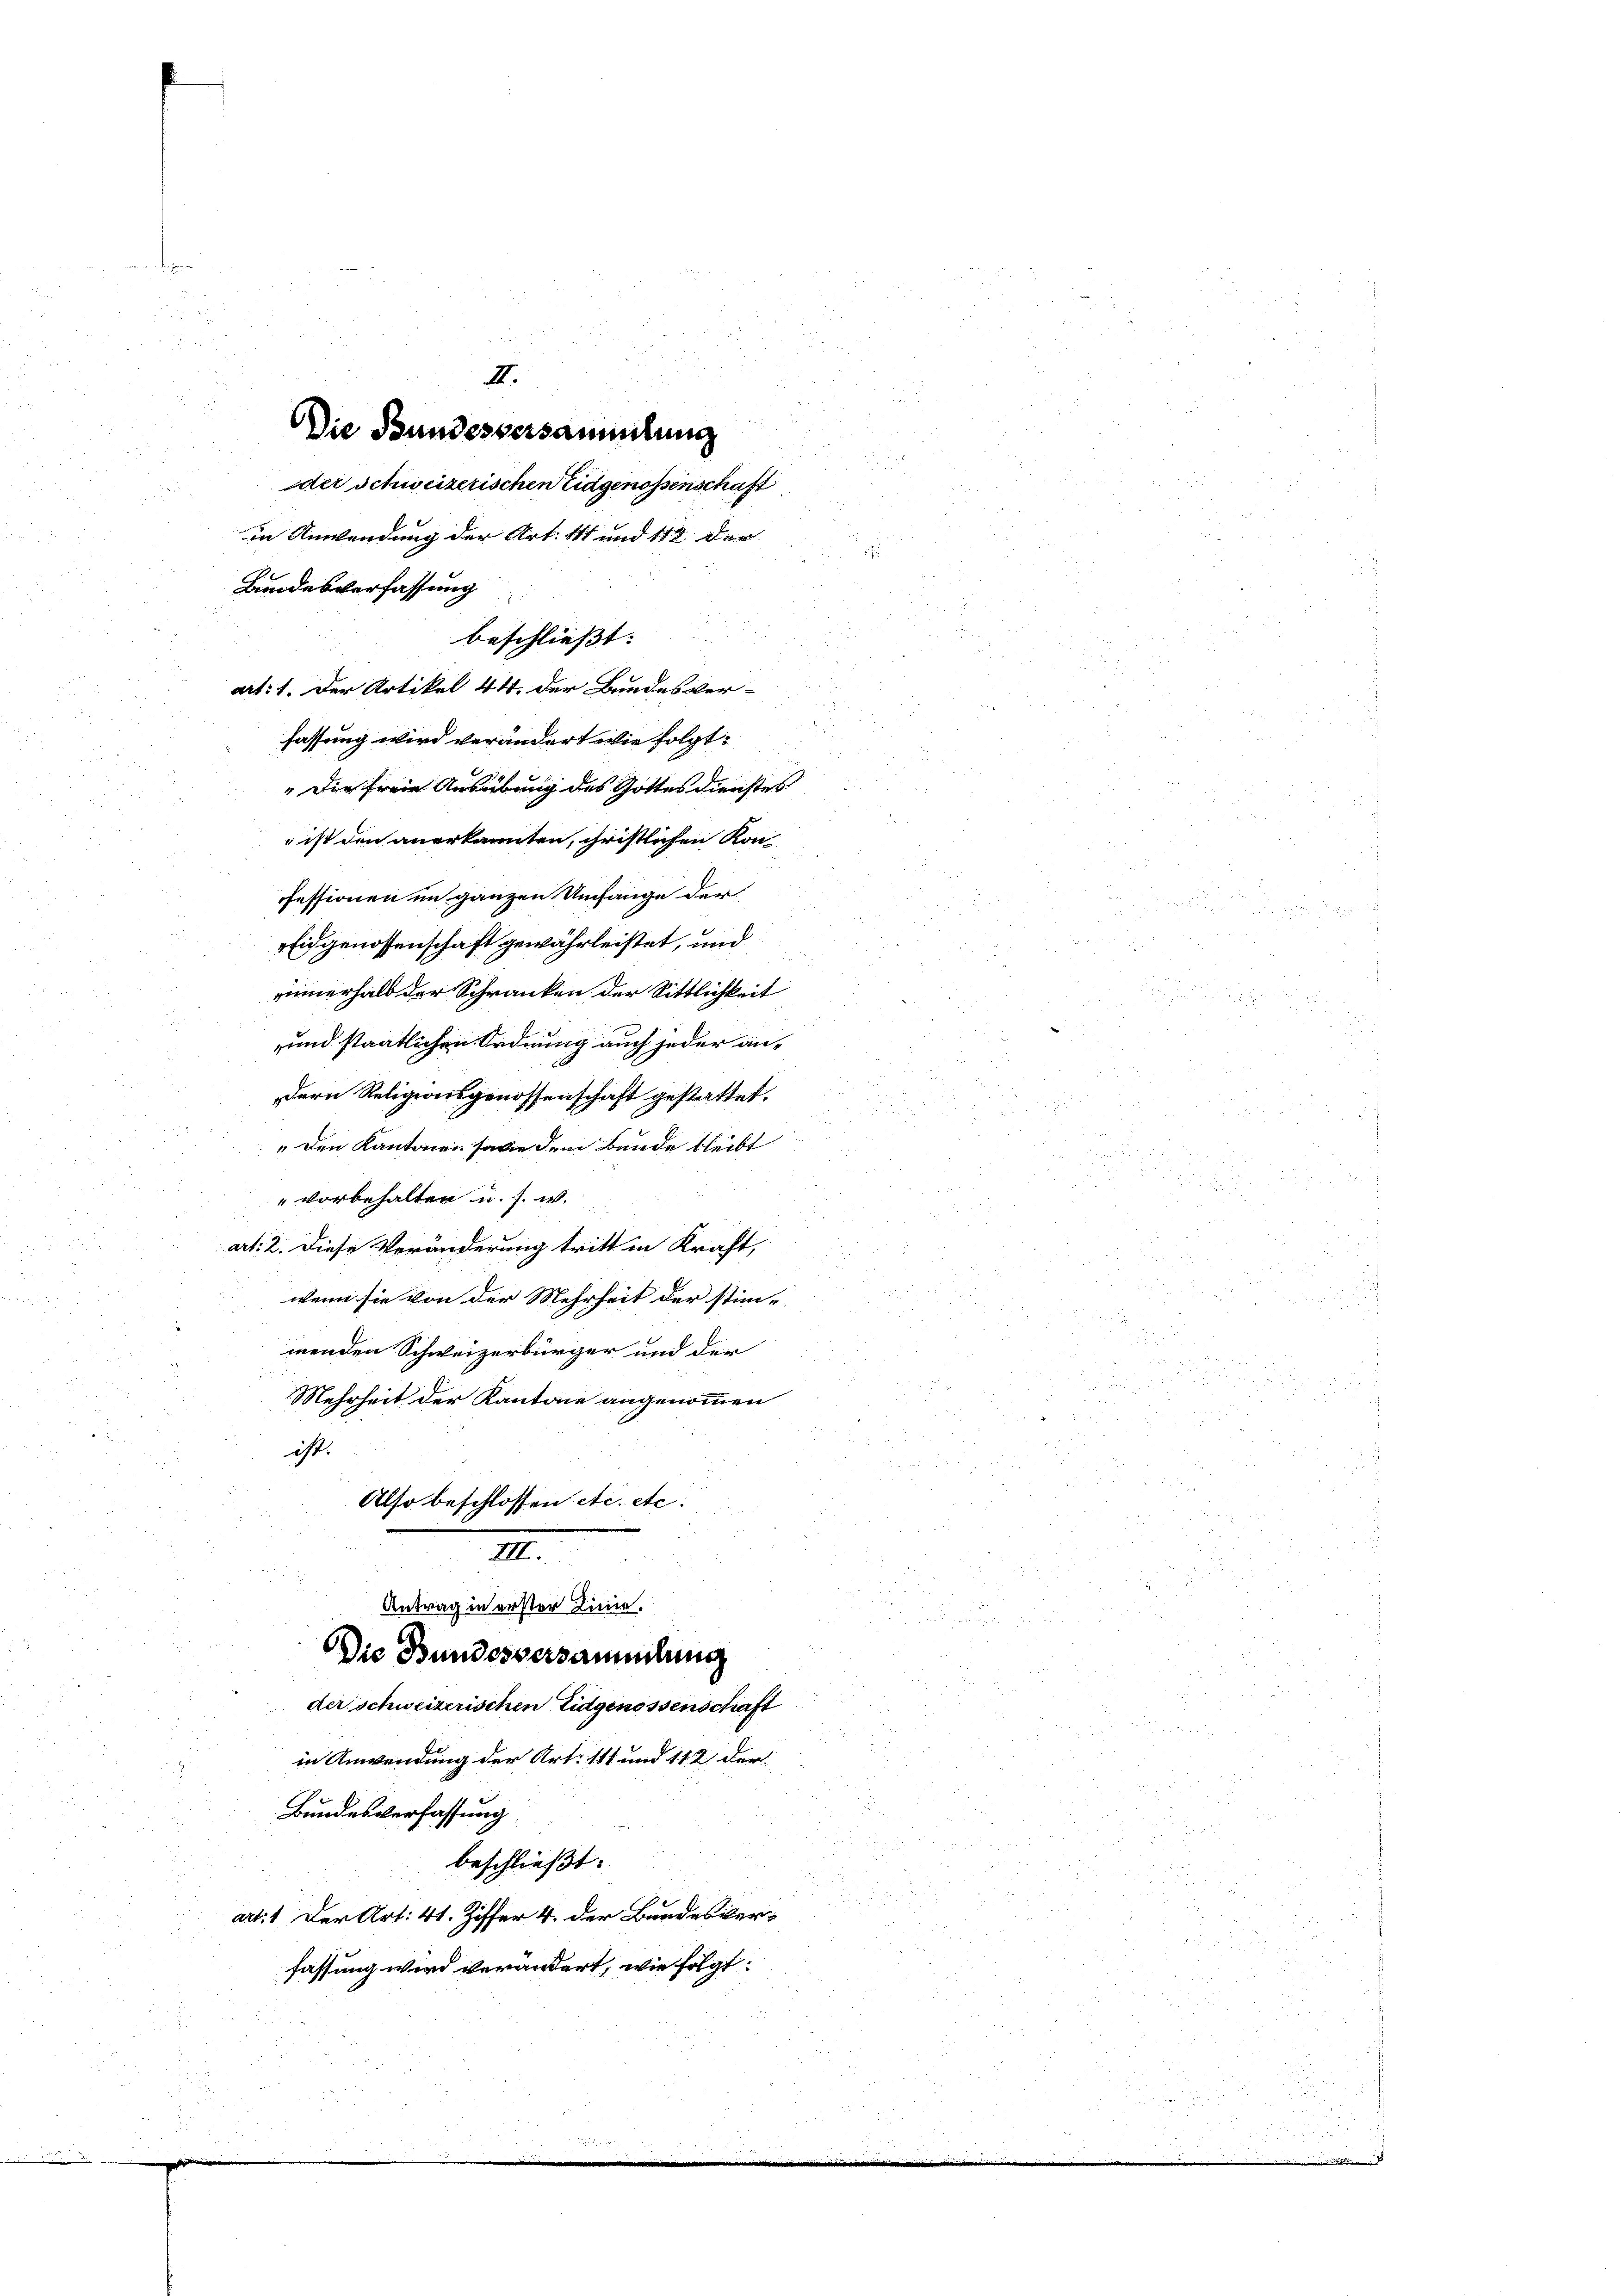
II.
Die Bundesversammlung

der Schweizerischen Eidgenossenschaft
in Unendung der Art. 111 und 112 der |
Bandesverfassung
beschließt:
art: 1. Der Artikel 44. der Bundesver-
fassung wird verändert wie folgt.
" Die freie Ausübung des Gottesdienstes
 ist den anerkannten, christlichen Kon
fessionen im ganzen Umfange der
Eidgenossenschaft gewährleistet, und
innerhalb der Schranken der Sittlichkeit
und staatlichen Ordnung auch jeder andern Religionsgenossenschaft gestattet.
„Den Kantonen sowie dem Bunde bleibt
" vorbehalten u. s. w.
art: 2. Diese Veränderung tritt in Kraft,
wenn sie von der Mehrheit der stim-
menden Schweizerbürger und der
Mehrheit der Kantone angenommen
ist.
Also beschlossen etc. etc.
III.
Antrag in erster Linie.
Die Bundesversammlung
der schweizerischen Eidgenossenschaft
in Anwendung der Art. 111 und 112 der
Bundesverfassung
beschließt:
art: 1. Der Art. 41. Ziffer 4. der Bandesverfassung wird verändert, wie folgt: